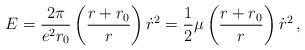
LaTeX: \begin{align*}E = {2\pi \over e^2 r_0} \left({r + r_0 \over r}\right) \dot r^2 = {1\over 2} \mu \left({r + r_0 \over r}\right) \dot r^2 \, ,\end{align*}